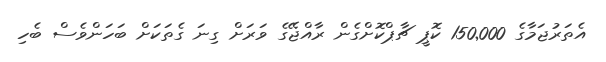
އެތަރުޖަމާގެ 150